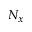
N _ { x }